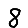
Digit: 8